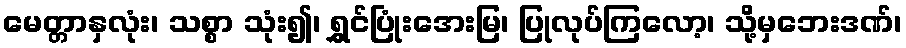
မေတ္တာနှလုံး၊ သစ္စာ သုံး၍၊ ရွှင်ပြုံးအေးမြ၊ ပြုလုပ်ကြလော့၊ သို့မှဘေးဒဏ်၊